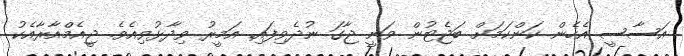
އަސާސީ އެހެން ކަންކަމަށް ބަޖެޓުން ވަނީ ޖާގަ ނުދެވިފައި